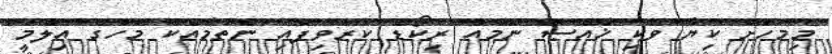
މިމަހަށް ކިޔާ ވަކި ޚާއްޞަ ނަމެއް ރިކޯޑް ކުރެވިފައި ނެތުމާއެކު މަހުގެ ޢިލްމީ